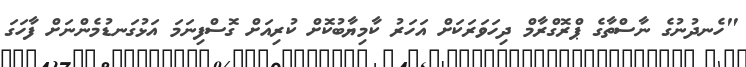
"ހެނދުނުގެ ނާސްތާގެ ޕްރޮގްރާމް ދިހަވަރަކަށް އަހަރު ކާމިޔާބުކޮށް ކުރިއަށް ގޮސްފިނަމަ އަޅުގަނޑުމެންނަށް ފާހަގަ